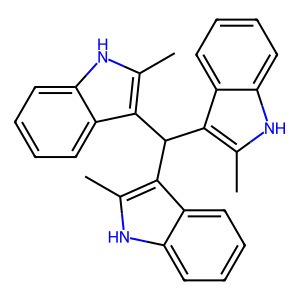
SMILES: Cc1[nH]c2ccccc2c1C(c1c(C)[nH]c2ccccc12)c1c(C)[nH]c2ccccc12
Inhibits HIV replication: No